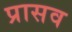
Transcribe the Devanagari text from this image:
प्रासव